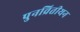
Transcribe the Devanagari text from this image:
पुनव्रितीयन